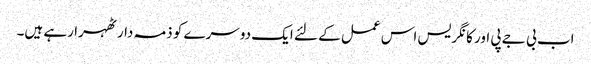
اب بی جے پی اور کانگریس اس عمل کے لئے ایک دوسرے کو ذمہ دار ٹھہرا رہے ہیں۔